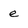
Character: e